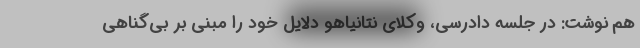
هم نوشت: در جلسه دادرسی، وکلای نتانیاهو دلایل خود را مبنی بر بی‌گناهی